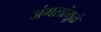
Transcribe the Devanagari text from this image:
जंगलांमु़ळे